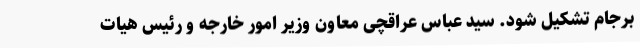
برجام تشکیل شود. سید عباس عراقچی معاون وزیر امور خارجه و رئیس هیات